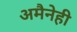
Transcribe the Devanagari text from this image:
अमैनेही